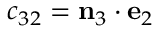
c _ { 3 2 } = \mathbf { n } _ { 3 } \cdot \mathbf { e } _ { 2 }